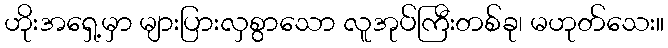
ဟိုးအရှေ့မှာ များပြားလှစွာသော လူအုပ်ကြီးတစ်ခု၊ မဟုတ်သေး။